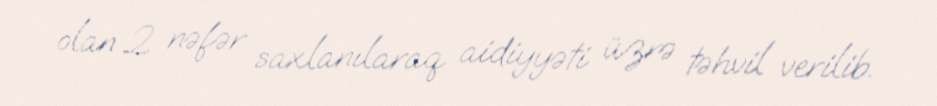
olan 2 nəfər saxlanılaraq aidiyyəti üzrə təhvil verilib.